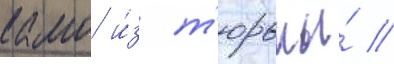
камо и́з т'юрьмы́ /